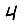
Digit: 4